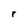
Character: r